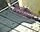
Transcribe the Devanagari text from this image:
डॉक्स।